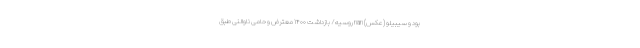
بود و سیبیلو (عکس) nan روسیه/ بازداشت ۱۴۰۰ معترض و حامی ناوالنی طبق